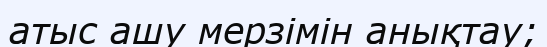
атыс ашу мерзімін анықтау;